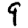
Digit: 9